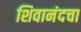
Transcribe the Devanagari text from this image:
शिवानंदचा